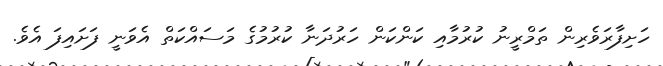
ހަށިފާރަވެރިން ތަމްރީނު ކުރުމާއި ކަންކަން ހަރުދަނާ ކުރުމުގެ މަސައްކަތް އެވަނީ ފަށައިފަ އެވެ.